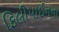
ફિલીપાઈનના